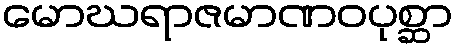
မောဃရာဇမာဏဝပုစ္ဆာ